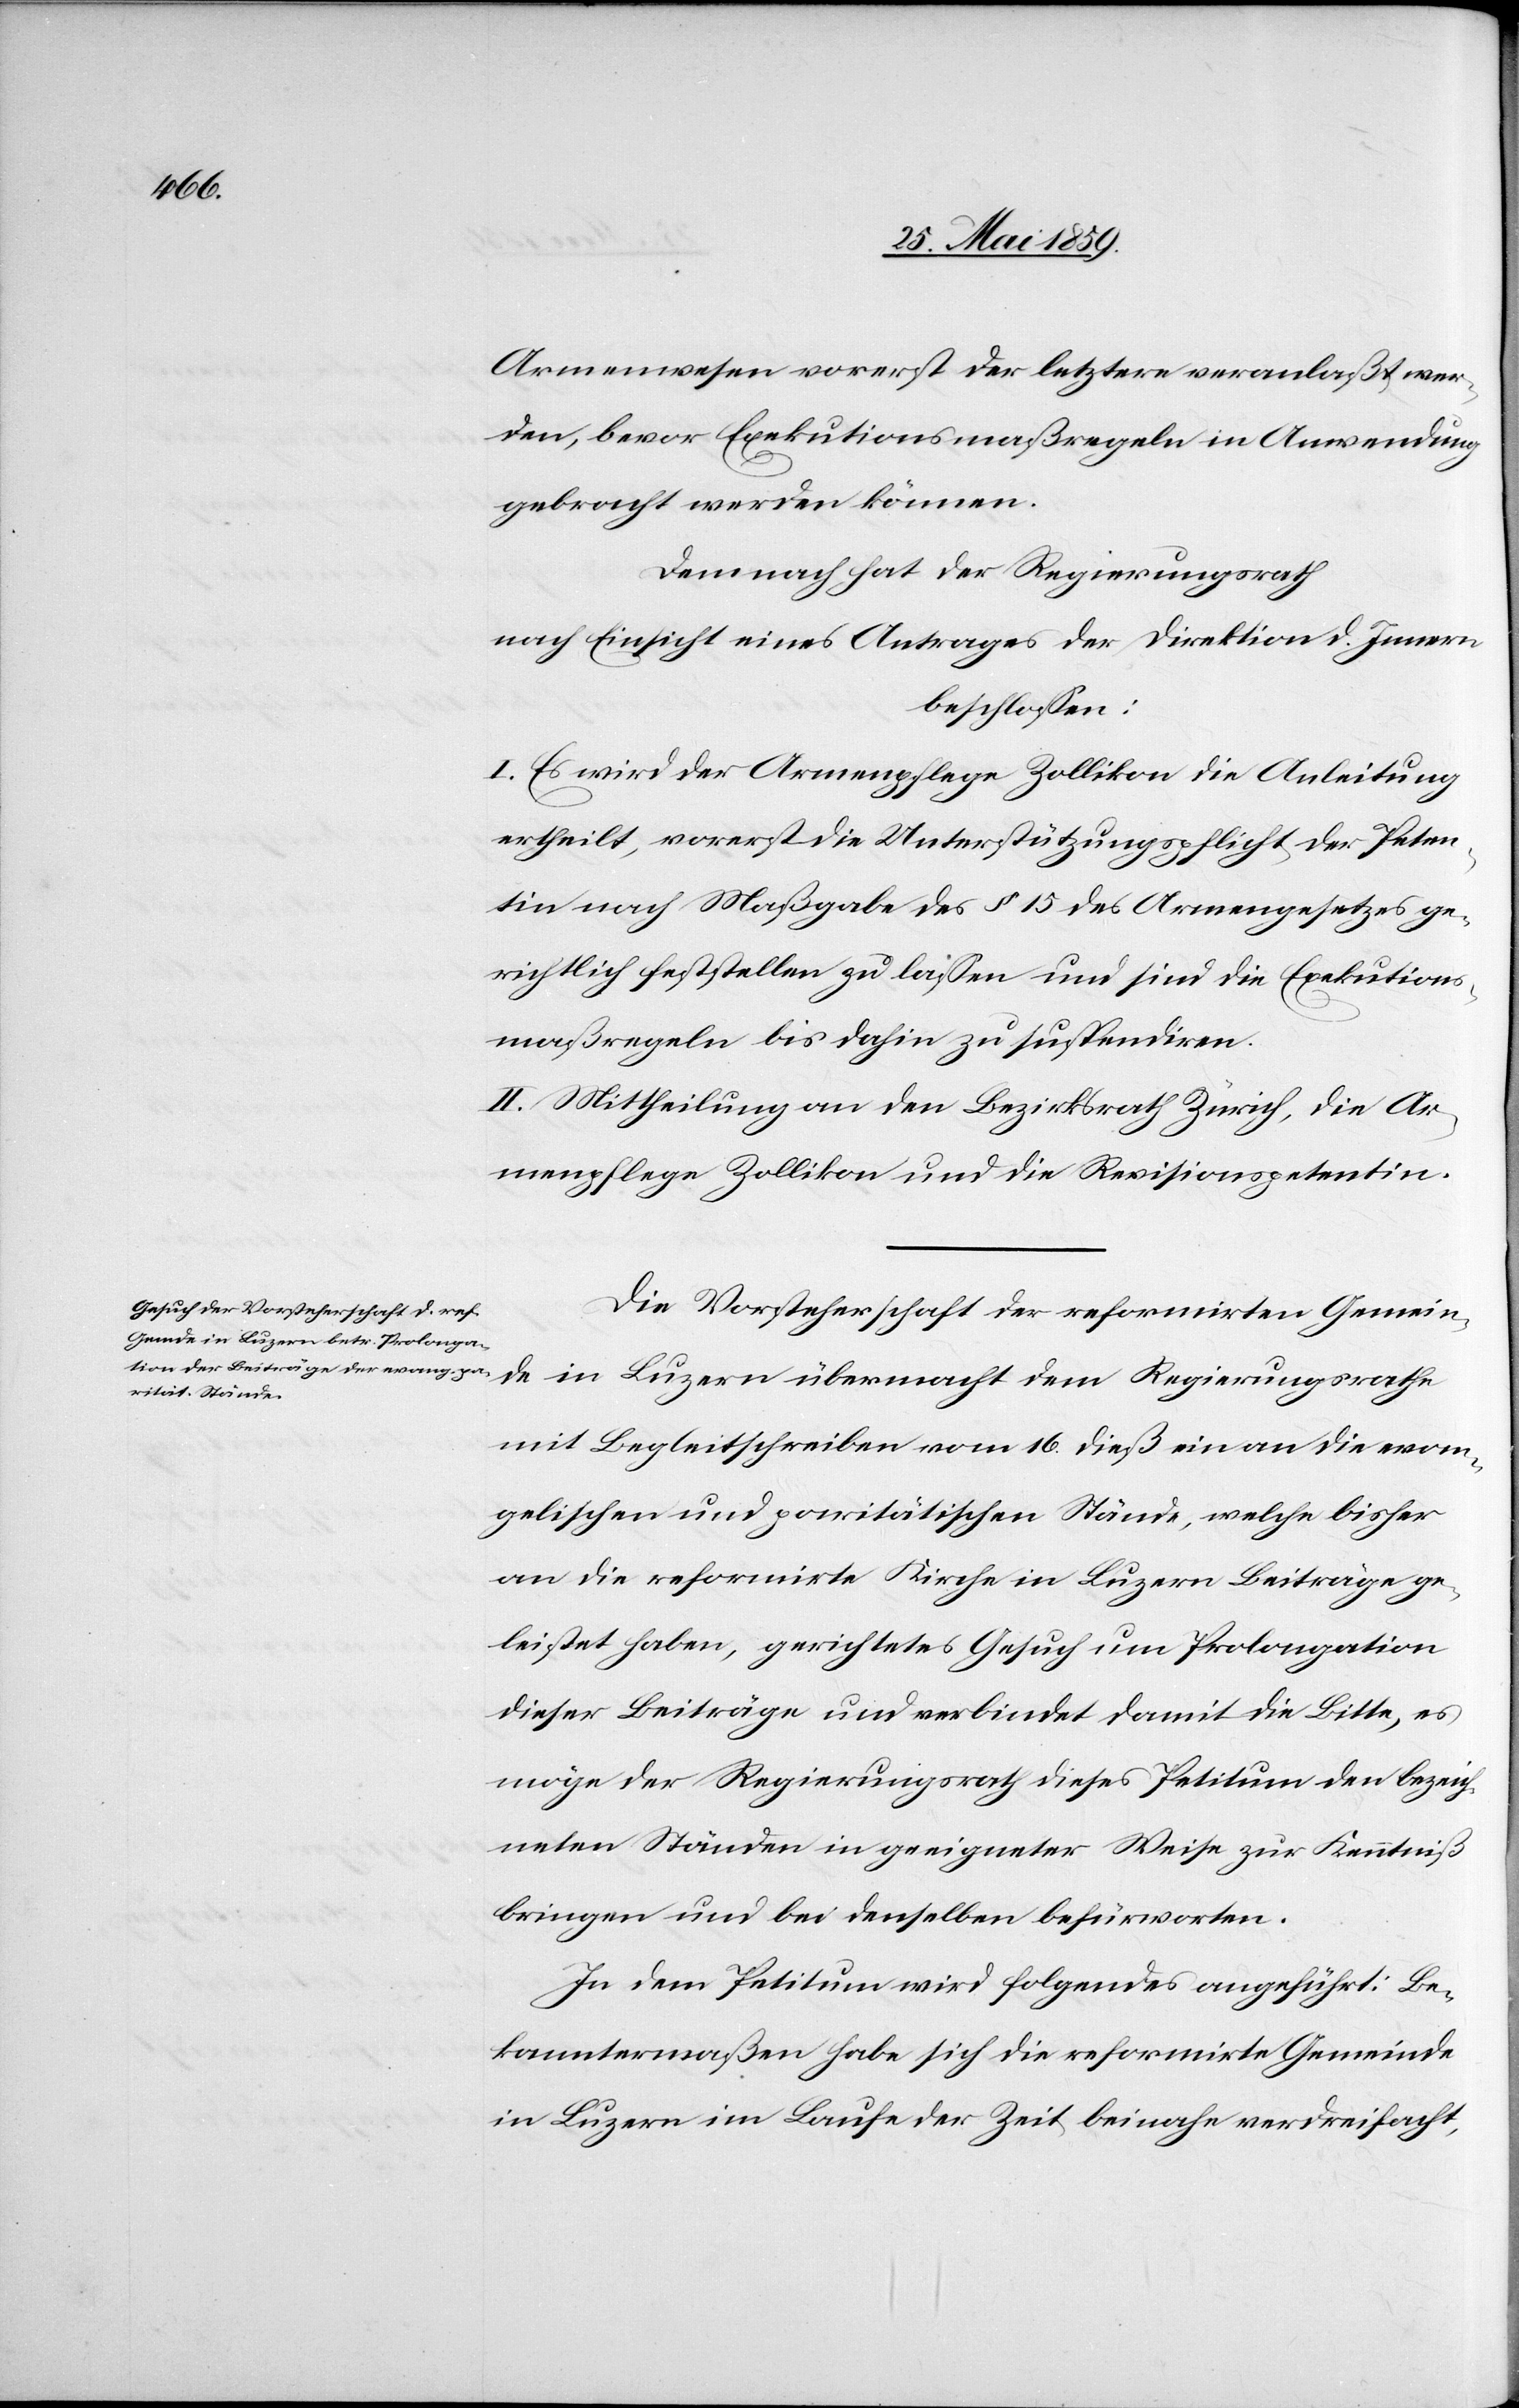
Armenwesen vorerst der letztern veranlaßt wer¬
den, bevor Exekutionsmaßregeln in Anwendung
gebracht werden können.
Demnach hat der Regierungsrath
nach Einsicht eines Antrages der Direktion d. Innern
beschlossen:
I. Es wird der Armenpflege Zollikon die Anleitung
ertheilt, vorerst die Unterstützungspflicht der Peten¬
tin nach Maßgabe des § 15 des Armengesetzes ge¬
richtlich feststellen zu lassen und sind die Exekutions¬
maßregeln bis dahin zu suspendiren.
II. Mittheilung an den Bezirksrath Zürich, die Ar¬
menpflege Zollikon und die Revisionspetentin.
Die Vorsteherschaft der reformirten Gemein¬
de in Luzern übermacht dem Regierungsrathe
mit Begleitschreiben vom 16. dieß ein an die evan¬
gelischen und paritätischen Stände, welche bisher
an die reformierte Kirche in Luzern Beiträge ge¬
leistet haben, gerichtetes Gesuch um Prolongation
dieser Beiträge und verbindet damit die Bitte, es
möge der Regierungsrath dieses Petitum den bezeich¬
neten Ständen in geeigneter Weise zur Kenntniß
bringen und bei denselben befürworten.
In dem Petitum wird folgendes angeführt: Be¬
kanntermaßen habe sich die reformirte Gemeinde
in Luzern im Laufe der Zeit beinahe verdreifacht,